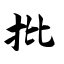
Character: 批